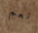
نعم